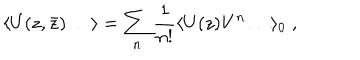
\langle U ( z , \bar { z } ) \ldots \rangle = \sum _ { n } { \frac { 1 } { n ! } } \langle U ( z ) V ^ { n } \ldots \rangle _ { 0 } \; ,